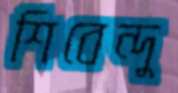
শিবেন্দু